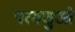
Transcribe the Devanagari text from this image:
परमणुओ